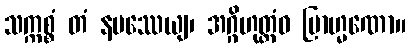
သက္ကစ္စံ တံ နမဿေယျ၊ အဂ္ဂိဟုတ္တံဝ ဗြာဟ္မဏော။